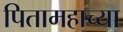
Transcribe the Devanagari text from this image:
पितामहाच्या